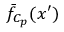
\bar { f } _ { C _ { p } } ( x ^ { \prime } )